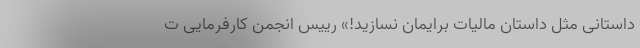
داستانی مثل داستان مالیات برایمان نسازید!» رییس انجمن کارفرمایی ت